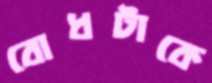
বোধটাকে